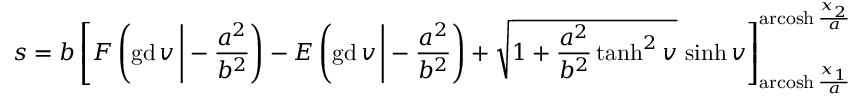
s = b \left[ F \left( \operatorname { g d } v \, { \Biggr | } - { \frac { a ^ { 2 } } { b ^ { 2 } } } \right) - E \left( \operatorname { g d } v \, { \Biggr | } - { \frac { a ^ { 2 } } { b ^ { 2 } } } \right) + { \sqrt { 1 + { \frac { a ^ { 2 } } { b ^ { 2 } } } \operatorname { t a n h } ^ { 2 } v } } \, \sinh v \right] _ { \operatorname { a r c o s h } { \frac { x _ { 1 } } { a } } } ^ { \operatorname { a r c o s h } { \frac { x _ { 2 } } { a } } }